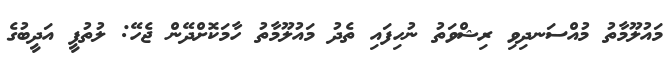
މައުލޫމާތު މުއްސަނދިވި ރިޝްވަތު ނުހިފައި ތެދު މައުލޫމާތު ހާމަކޮށްދޭން ޖެހޭ: ލުތުފީ އަދީބުގެ